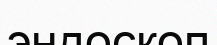
эндоскоп